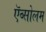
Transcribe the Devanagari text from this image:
ऍब्सोलम